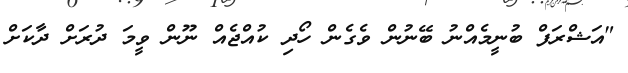
"އަޝްރަފް ބުނީމެއްނު ބޭނުން ވެގެން ހޯދި ކުއްޖެއް ނޫން ވީމަ ދުރަށް ދާކަށް